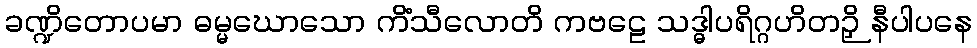
ခဏ္ဍိတောပမာ ဓမ္မဃောသော ကိံသီလောတိ ကဗဠေ သဒ္ဓါပရိဂ္ဂဟိတဉှိ နီပါပနေ